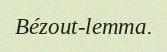
Bézout-lemma.